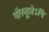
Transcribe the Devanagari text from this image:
पौरुहूतेऽपि